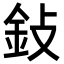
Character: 鈙